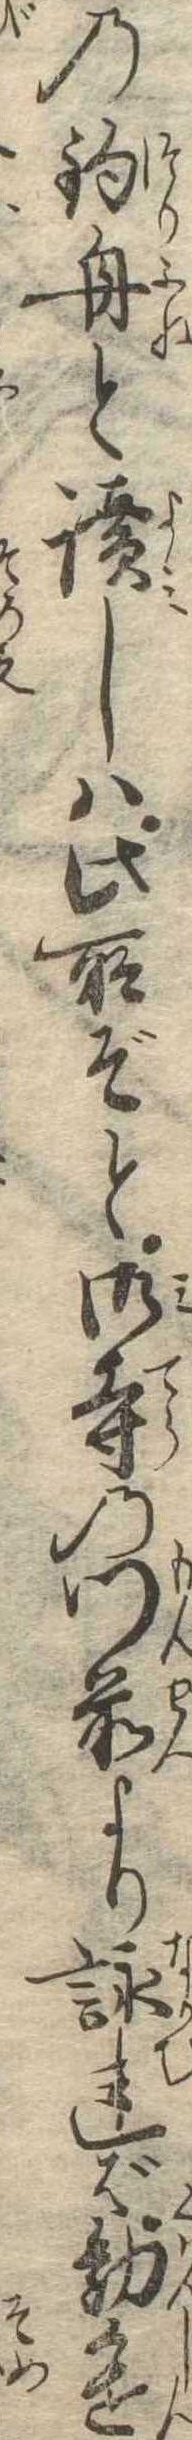
の釣舟と読しは此所ぞと御寺の門前より詠れば勧進